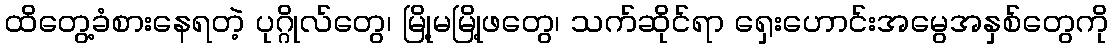
ထိတွေ့ခံစားနေရတဲ့ ပုဂ္ဂိုလ်တွေ၊ မြို့မမြို့ဖတွေ၊ သက်ဆိုင်ရာ ရှေးဟောင်းအမွေအနှစ်တွေကို